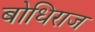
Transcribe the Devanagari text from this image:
बोधिराज